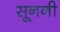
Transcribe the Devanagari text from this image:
सूननी